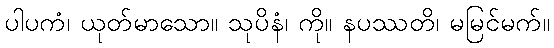
ပါပကံ၊ ယုတ်မာသော။ သုပိနံ၊ ကို။ နပဿတိ၊ မမြင်မက်။